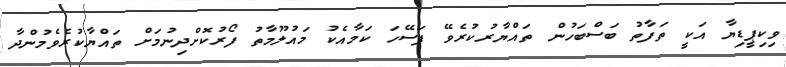
ވިކިޕީޑިޔާ އަކީ ތަފާތު ބަސްބަހުން ތައްޔާރުކުރެވޭ ފަސޭހަ ކަމާއެކު މައުލޫމާތު ފޯރުކޮށްދިނުމަށް ތައްޔާކުރެވެމުންދާ